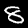
Digit: 8